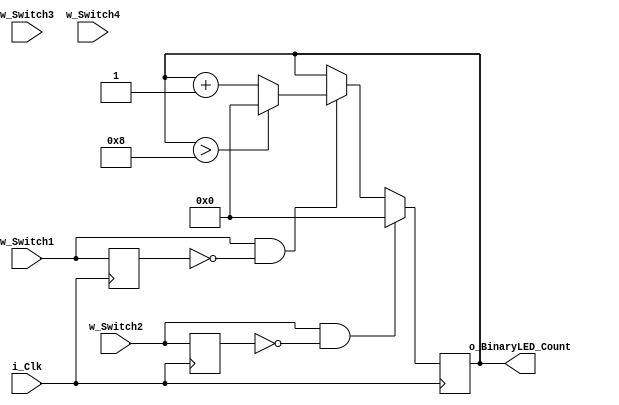
	module Seven_Seg_Counter
	(input i_Clk,
	input w_Switch1,
	input w_Switch2,
	input w_Switch3,
	input w_Switch4,
	output [3:0] o_BinaryLED_Count
	);
	
	
	reg r_LED_1    = 1'b0;
	reg r_Switch_1 = 1'b0;
	reg r_LED_2    = 1'b0;
	reg r_Switch_2 = 1'b0;
	reg r_LED_3    = 1'b0;
	reg r_Switch_3 = 1'b0;
	reg r_LED_4    = 1'b0;
	reg r_Switch_4 = 1'b0;
	reg [3:0] r_BinaryLED_Count = 4'b0000;

		
	always @(posedge i_Clk)
	begin
	
		r_Switch_1 <= w_Switch1;
		r_Switch_2 <= w_Switch2;
		r_Switch_3 <= w_Switch3;
		r_Switch_4 <= w_Switch4;
	
		if (w_Switch1 == 1'b1 && r_Switch_1 == 1'b0)
		begin
			if (r_BinaryLED_Count > 4'b1000)
			begin
				r_BinaryLED_Count <= 4'b0000;
			end
			else 
			begin
				r_BinaryLED_Count <= r_BinaryLED_Count+1;
			end 
		end
		if(w_Switch2 == 1'b1 && r_Switch_2 == 1'b0)
		begin 
			r_BinaryLED_Count <= 4'b0000;
		end 
		
	end 
	assign o_BinaryLED_Count = r_BinaryLED_Count; 
endmodule